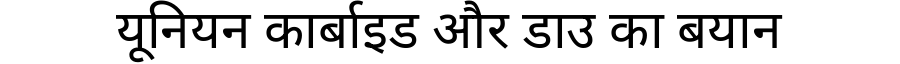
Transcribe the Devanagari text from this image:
यूनियन कार्बाइड और डाउ का बयान